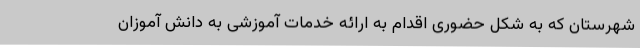
شهرستان که به شکل حضوری اقدام به ارائه خدمات آموزشی به دانش آموزان